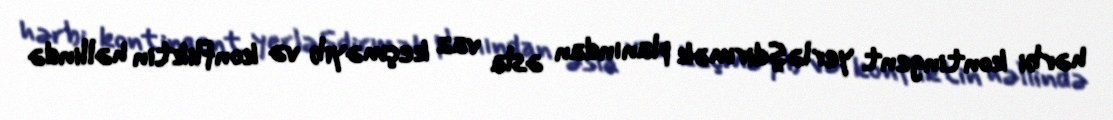
hərbi kontingent yerləşdirmək planından əsla vaz keçməyib və konfliktin həllində